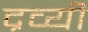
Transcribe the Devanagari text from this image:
द्रव्यी